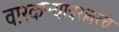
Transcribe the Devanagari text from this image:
वारकऱ्याबरोबरच